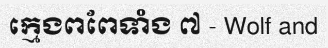
ក្មេងពពែទាំង ៧ - Wolf and